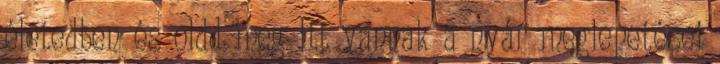
életedben és oldd meg Itt vannak a nyár meglepetései